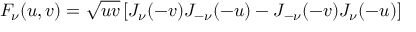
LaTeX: F _ { \nu } ( u , v ) = \sqrt { u v } \left[ J _ { \nu } ( - v ) J _ { - \nu } ( - u ) - J _ { - \nu } ( - v ) J _ { \nu } ( - u ) \right]